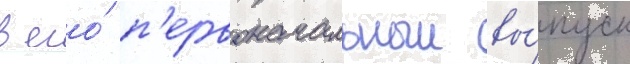
в его́ п'ервоначальныи вы́пуск